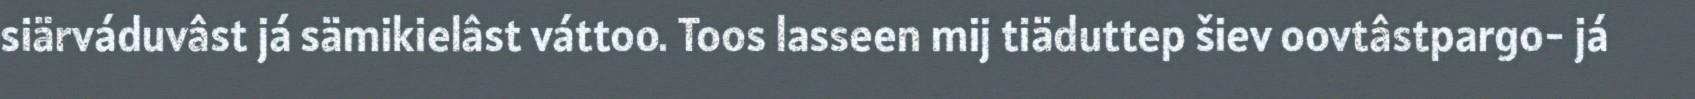
siärváduvâst já sämikielâst váttoo. Toos lasseen mij tiäduttep šiev oovtâstpargo- já